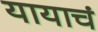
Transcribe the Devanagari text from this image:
यायाचं